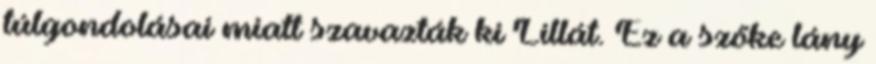
túlgondolásai miatt szavazták ki Lillát. Ez a szőke lány